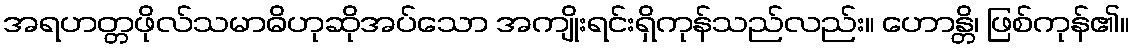
အရဟတ္တဖိုလ်သမာဓိဟုဆိုအပ်သော အကျိုးရင်းရှိကုန်သည်လည်း။ ဟောန္တိ၊ ဖြစ်ကုန်၏။